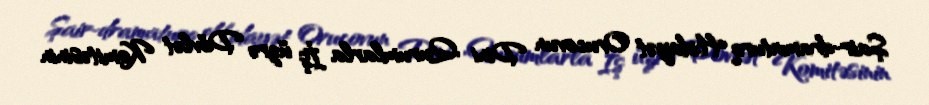
Şair-dramaturq Hidayət Orucovun Dini Qurumlarla İş üzrə Dövlət Komitəsinin